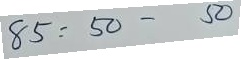
85 = 50 - 50